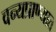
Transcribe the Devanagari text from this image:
वन्यप्राण्यात